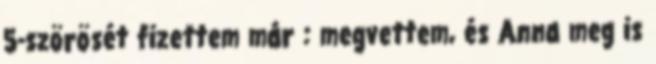
5-szörösét fizettem már : megvettem, és Anna meg is